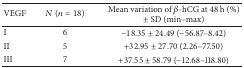
<table><thead><tr><td><b>VEGF</b></td><td><b><i>N</i> (<i>n</i> = 18)</b></td><td><b>Mean variation of <i>β</i>-hCG at 48 h (%) ± SD (min–max)</b></td></tr></thead><tbody><tr><td>I</td><td>6</td><td>−18.35 ± 24.49 (−56.87–8.42)</td></tr><tr><td>II</td><td>5</td><td>+32.95 ± 27.70 (2.26–77.50)</td></tr><tr><td>III</td><td>7</td><td>+37.55 ± 58.79 (−12.68–118.80)</td></tr></tbody></table>